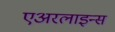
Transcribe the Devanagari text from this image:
एअरलाइन्‍स